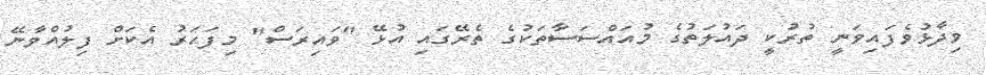
ވިދާޅުވެފައިވަނީ ތުރުކީ ދައުލަތުގެ މުއައްސަސާތަކުގެ ތެރޭގައި އުޅޭ "ވައިރަސް" މިފަހަރު އެކަށް ފިލުއްވާނޭ